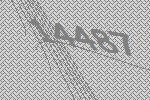
14487